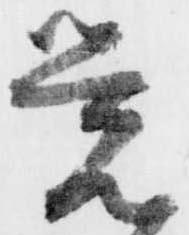
覚